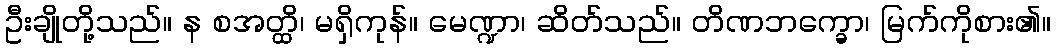
ဦးချိုတို့သည်။ န စအတ္ထိ၊ မရှိကုန်။ မေဏ္ဍာ၊ ဆိတ်သည်။ တိဏဘက္ခော၊ မြက်ကိုစား၏။